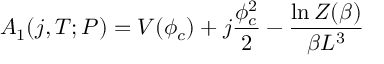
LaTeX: A _ { 1 } ( j , T ; P ) = V ( \phi _ { c } ) + j { \frac { \phi _ { c } ^ { 2 } } { 2 } } - { \frac { \ln Z ( \beta ) } { \beta L ^ { 3 } } }